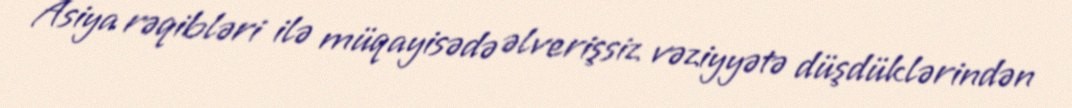
Asiya rəqibləri ilə müqayisədə əlverişsiz vəziyyətə düşdüklərindən